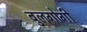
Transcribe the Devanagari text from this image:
बुलगोगी